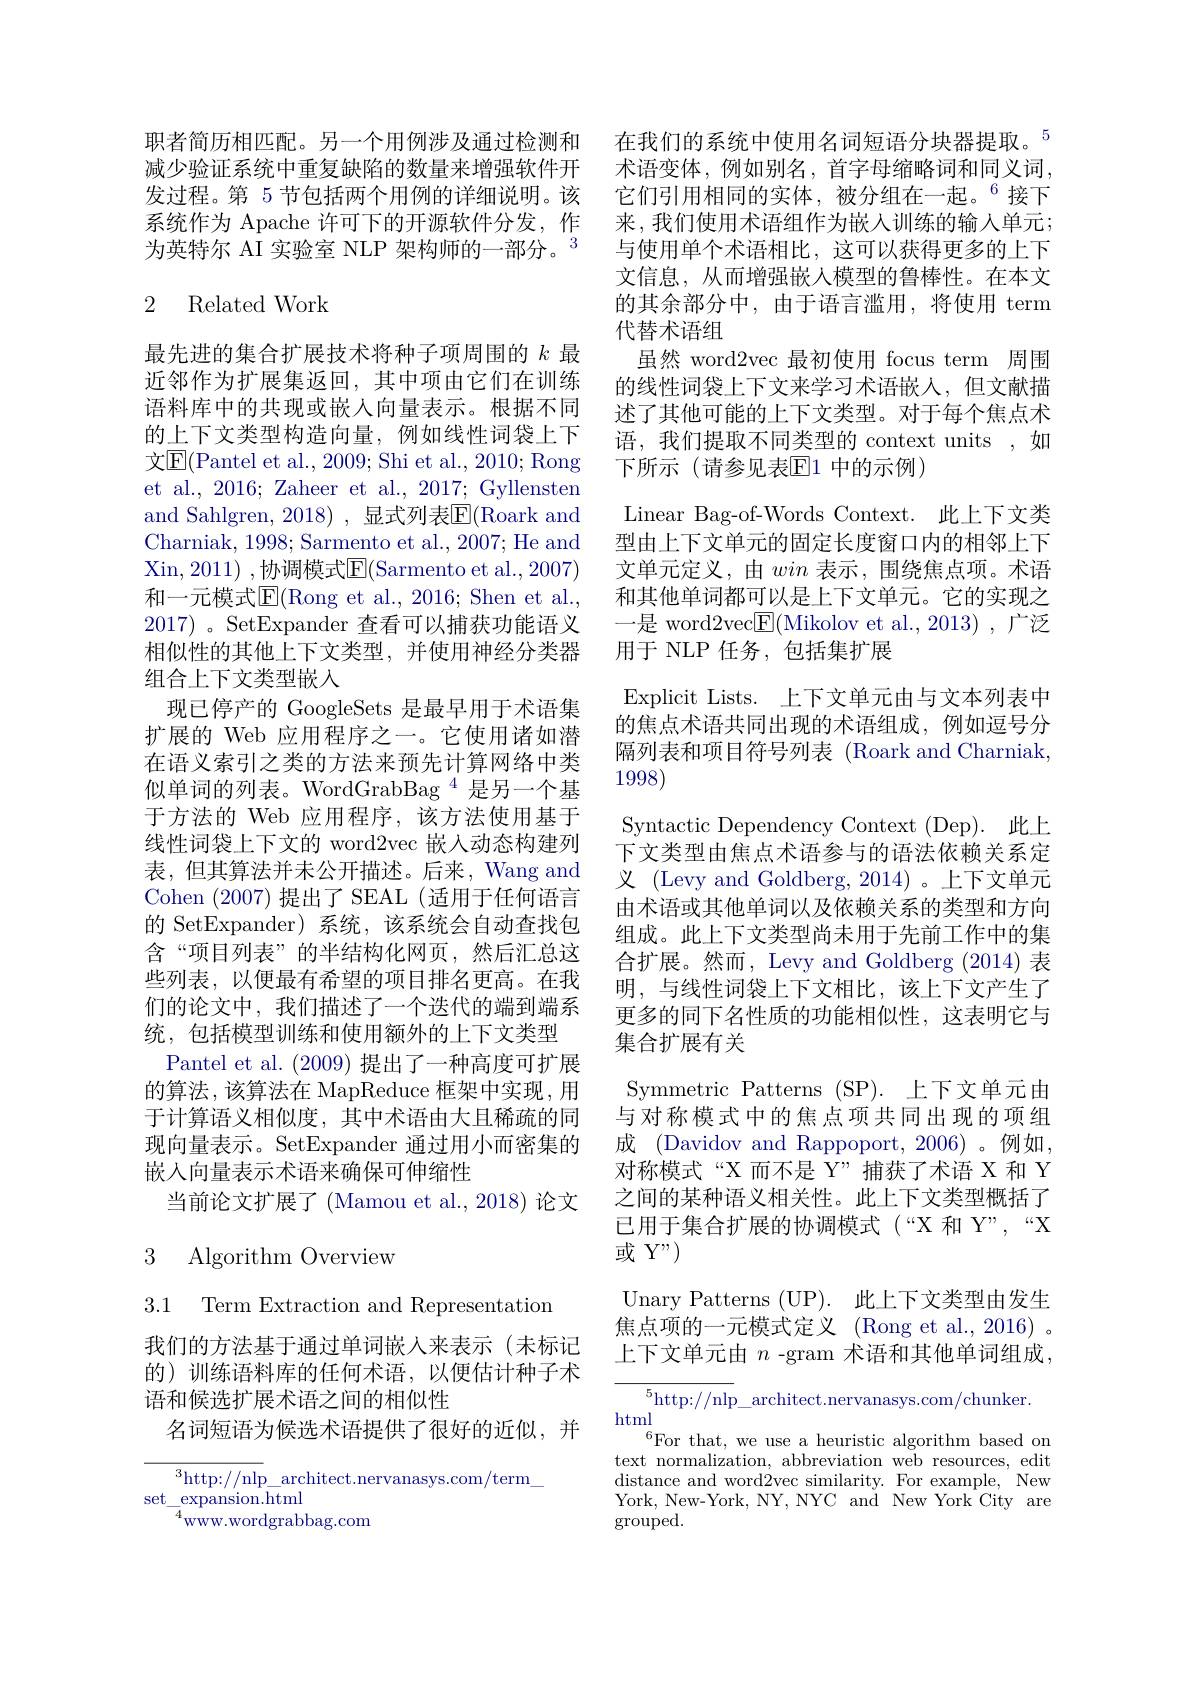
职者简历相匹配。另一个用例涉及通过检测和减少验证系统中重复缺陷的数量来增强软件开发过程。第 5 节包括两个用例的详细说明。该系统作为 Apache 许可下的开源软件分发，作为英特尔 AI 实验室 NLP 架构师的一部分。$^{3}$

### 2 Related Work

最先进的集合扩展技术将种子项周围的$k$最近邻作为扩展集返回，其中项由它们在训练语料库中的共现或嵌入向量表示。根据不同的上下文类型构造向量，例如线性词袋上下文$\overline{\mathrm{E}}($Pantel et al., 2009; Shi et al., 2010; Rong et al., 2016; Zaheer et al., 2017; Gyllensten and Sahlgren, 2018) , 显式列表$\overline{\mathrm{E}}($Roark and Charniak, 1998; Sarmento et al., 2007; He and Xin, 2011) ,协调模式$\overline{\mathrm{E}}($Sarmento et al., 2007) 和一元模式$\mathbb{E}($Rong et al., 2016; Shen et al., 2017) 。SetExpander 查看可以捕获功能语义相似性的其他上下文类型，并使用神经分类器组合上下文类型嵌入
现已停产的 GoogleSets 是最早用于术语集扩展的 Web 应用程序之一。它使用诸如潜在语义索引之类的方法来预先计算网络中类似单词的列表。WordGrabBag $^{4}$是另一个基于方法的 Web 应用程序，该方法使用基于线性词袋上下文的 word2vec 嵌入动态构建列表，但其算法并未公开描述。后来，Wang and Cohen (2007)提出了 SEAL (适用于任何语言的 SetExpander)系统，该系统会自动查找包含“项目列表”的半结构化网页，然后汇总这些列表，以便最有希望的项目排名更高。在我们的论文中，我们描述了一个迭代的端到端系统，包括模型训练和使用额外的上下文类型
Pantel et al. (2009)提出了一种高度可扩展的算法，该算法在 MapReduce 框架中实现，用于计算语义相似度，其中术语由大且稀疏的同现向量表示。SetExpander 通过用小而密集的嵌入向量表示术语来确保可伸缩性
当前论文扩展了(Mamou et al., 2018) 论文

## 3 Algorithm Overview

3.1 Term Extraction and Representation

我们的方法基于通过单词嵌人来表示(未标记的)训练语料库的任何术语，以便估计种子术语和候选扩展术语之间的相似性
名词短语为候选术语提供了很好的近似，并

$^{3}$http://nlp\_architect.nervanasys.com/term\_
$\mathrm{set}_{-\frac{4}{4}}$expansion.html
$^{4}$www.wordgrabbag.com

在我们的系统中使用名词短语分块器提取。$^{5}$ 术语变体，例如别名，首字母缩略词和同义词， 它们引用相同的实体，被分组在一起。$^{6}$接下来，我们使用术语组作为嵌入训练的输人单元； 与使用单个术语相比，这可以获得更多的上下文信息，从而增强嵌入模型的鲁棒性。在本文的其余部分中，由于语言滥用，将使用 term 代替术语组
虽然 word2vec 最初使用 focus term 周围的线性词袋上下文来学习术语嵌入，但文献描述了其他可能的上下文类型。对于每个焦点术语，我们提取不同类型的 context units ,如下所示(请参见表$\overline{\mathrm{E}}$1 中的示例)
Linear Bag-of-Words Context.此上下文类型由上下文单元的固定长度窗口内的相邻上下文单元定义，由win表示，围绕焦点项。术语和其他单词都可以是上下文单元。它的实现之一是 word2vec$\boxed{\mathrm{F}}($Mikolov et al.,2013) ,广泛用于 NLP 任务，包括集扩展
Explicit Lists. 上下文单元由与文本列表中的焦点术语共同出现的术语组成，例如逗号分隔列表和项目符号列表 (Roark and Charniak, 1998)
Syntactic Dependency Context (Dep). 此上下文类型由焦点术语参与的语法依赖关系定义 (Levy and Goldberg, 2014)。上下文单元由术语或其他单词以及依赖关系的类型和方向组成。此上下文类型尚未用于先前工作中的集合扩展。然而，Levy and Goldberg (2014) 表明，与线性词袋上下文相比，该上下文产生了更多的同下名性质的功能相似性，这表明它与集合扩展有关
Symmetric Patterns (SP). 上下文单元由与对称模式中的焦点项共同出现的项组成 (Davidov and Rappoport, 2006)。例如， 对称模式“X 而不是 Y”捕获了术语 X 和 Y 之间的某种语义相关性。此上下文类型概括了已用于集合扩展的协调模式(“X 和 Y”,“X 或 Y")
Unary Patterns (UP). 此上下文类型由发生焦点项的一元模式定义 (Rong et al., 2016) 。上下文单元由 $n$ -gram 术语和其他单词组成，
$^5$http://nlp\_architect.nervanasys.com/chunker

html
$^{6}$For that, we use a heuristic algorithm based on text normalization, abbreviation web resources, edit distance and word2vec similarity. For example, New York, New-York, NY, NYC and New York City are $\operatorname{grouped}.$